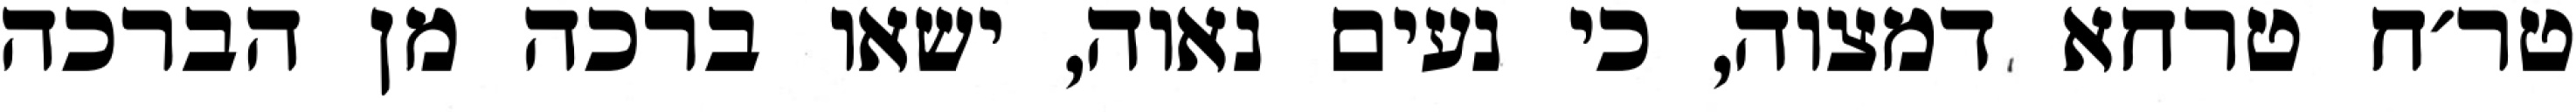
טר׳ח טרחא דמצוה, כי נעים נאוה, ישאו ברכה מן הברכה